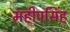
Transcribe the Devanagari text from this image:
महीपसिंह